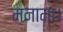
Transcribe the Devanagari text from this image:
मनामा।